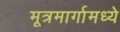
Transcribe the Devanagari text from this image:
मूत्रमार्गामध्ये